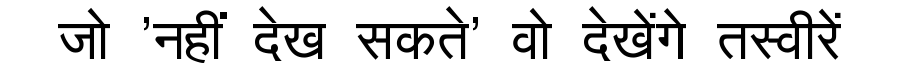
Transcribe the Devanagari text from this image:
जो 'नहीं देख सकते' वो देखेंगे तस्वीरें